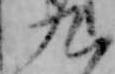
九